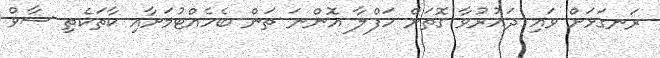
ރަނގަޅަށް ވައި ދައުރުވާ ގޮތަށް ހަފްލާ އޮންނަ ތަން ބެހެއްޓުމަށާއި ކާތަކެތި ސާވް